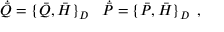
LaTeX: \dot { \bar { Q } } = \{ \bar { Q } , \bar { H } \} _ { D } \, \, \, \, \, \dot { \bar { P } } = \{ \bar { P } , \bar { H } \} _ { D } \, \, \, ,